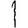
Digit: 1